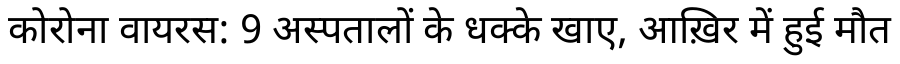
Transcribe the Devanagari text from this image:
कोरोना वायरस: 9 अस्पतालों के धक्के खाए, आख़िर में हुई मौत